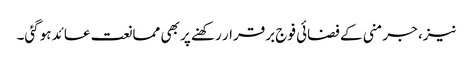
نیز، جرمنی کے فضائی فوج برقرار رکھنے پر بھی ممانعت عائد ہوگئی۔